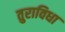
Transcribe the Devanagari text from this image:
तुराविधा